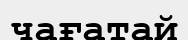
чағатай